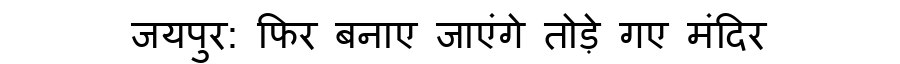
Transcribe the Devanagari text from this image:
जयपुर: फिर बनाए जाएंगे तोड़े गए मंदिर